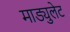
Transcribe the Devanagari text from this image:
माड्युलेट